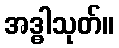
အဒ္ဓါသုတ်။